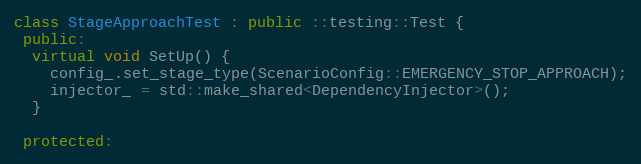
Language: C++
class StageApproachTest : public ::testing::Test {
 public:
  virtual void SetUp() {
    config_.set_stage_type(ScenarioConfig::EMERGENCY_STOP_APPROACH);
    injector_ = std::make_shared<DependencyInjector>();
  }

 protected: